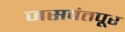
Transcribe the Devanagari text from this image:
जसवंतपूर